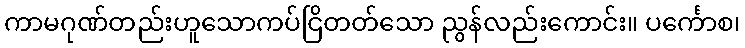
ကာမဂုဏ်တည်းဟူသောကပ်ငြိတတ်သော ညွန်လည်းကောင်း။ ပင်္ကောစ၊